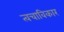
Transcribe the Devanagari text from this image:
त्वचाविकार